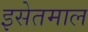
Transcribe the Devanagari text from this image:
इसेतमाल